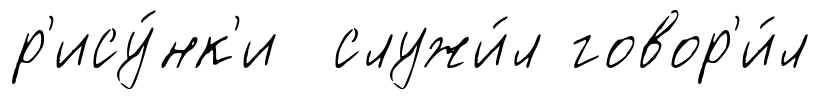
р'ису́нк'и служи́л говор'и́л